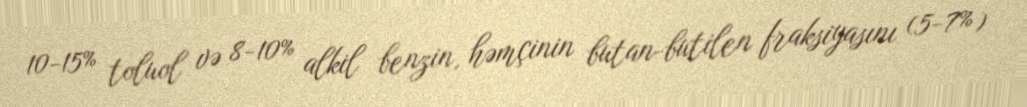
10-15% toluol və 8-10% alkil benzin, həmçinin butan-butilen fraksiyasını (5-7%)